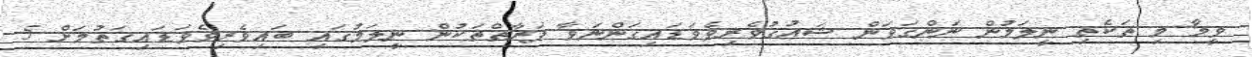
ވީމާ މި ތަކެތި ނީލަމުން ނަންގަވަން ޝައުޤުވެރިވެވަޑައިގަންނަވާ ފަރާތްތަކުން ނީލަމުގައި ބައިވެރިވެވަޑައިގަތުމަށް 5